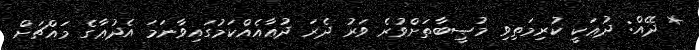
* ދޭއް: ދުޢަކީ ކުރިމަތިވި މުޞީބާތަށްވުރެ ވަރު ދެރަ ދުޢާއެއްކަމުގައިވާނަމަ އެދުޢާގެ މައްޗަށް